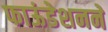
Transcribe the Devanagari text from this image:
फाऊंडेशनने